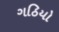
ગઠિયો